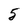
Character: 5